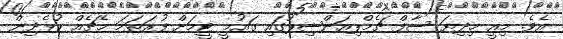
އެވެ. މިއީ މިދިޔަ ސާފް ޗެމްޕިއަންޝިޕުގައި ގައުމީ ޓީމަށް ފުރަތަމަ މެޗެއް ކުޅެދިން